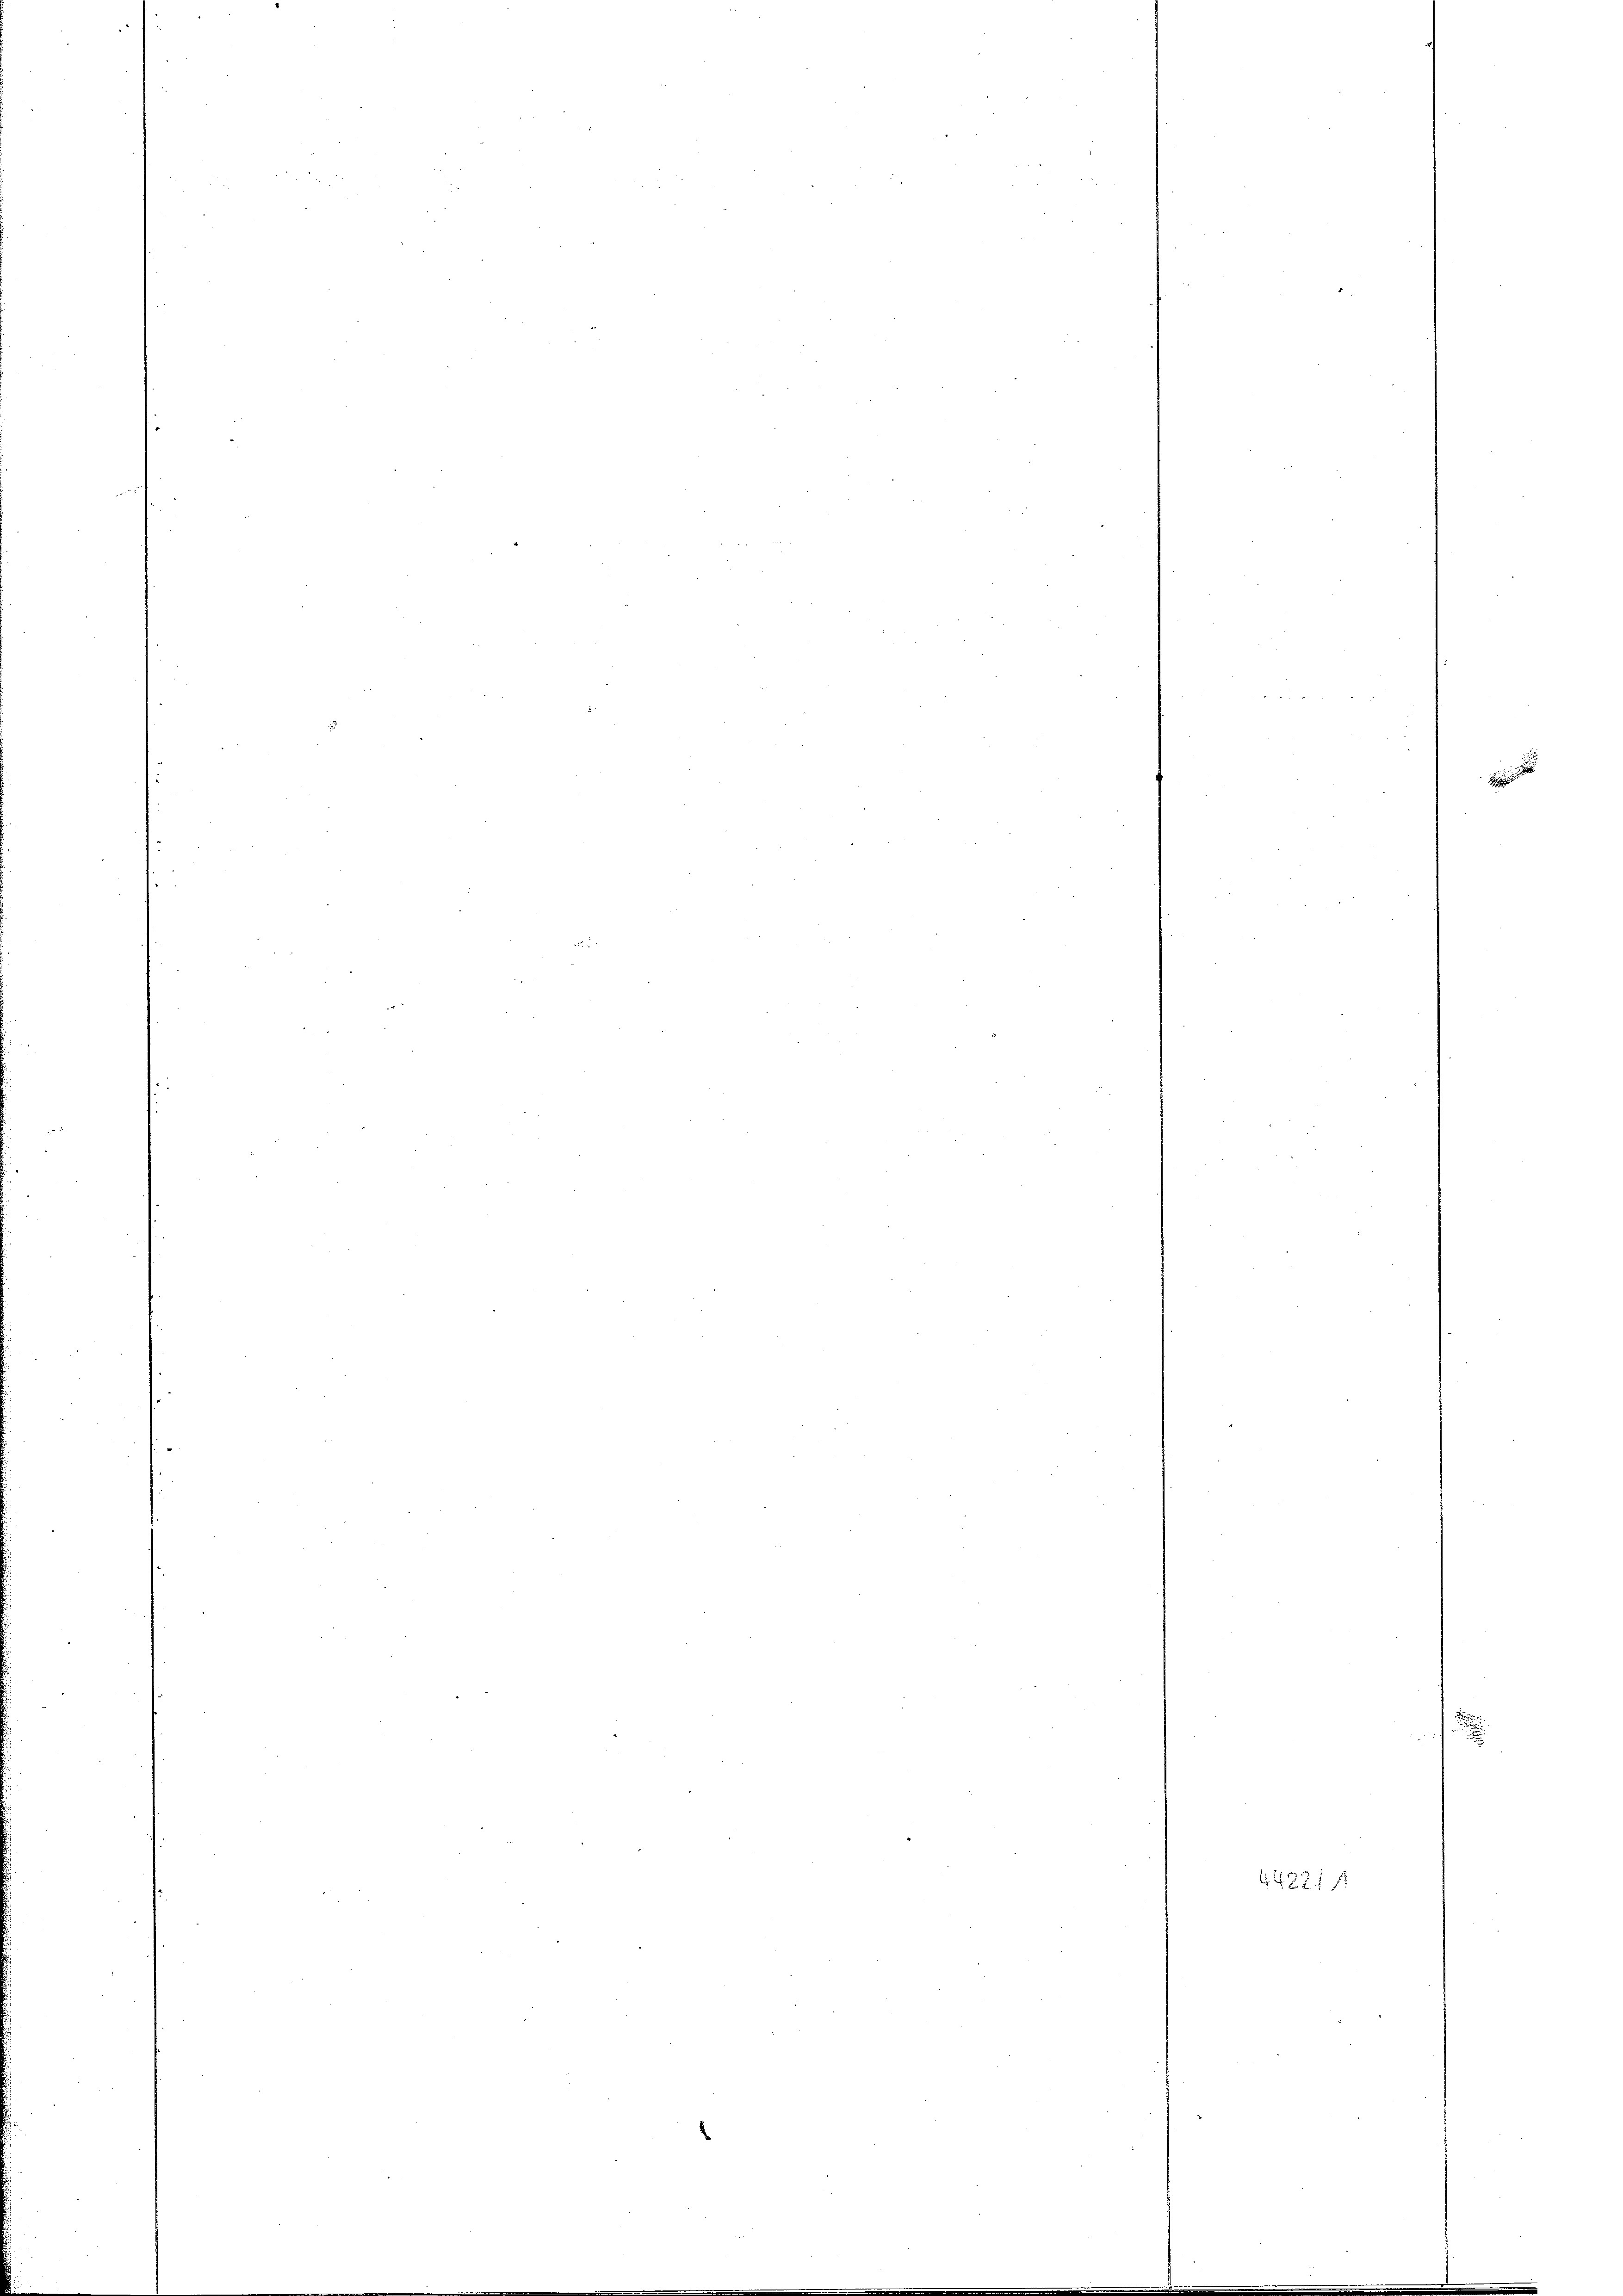
44281 f